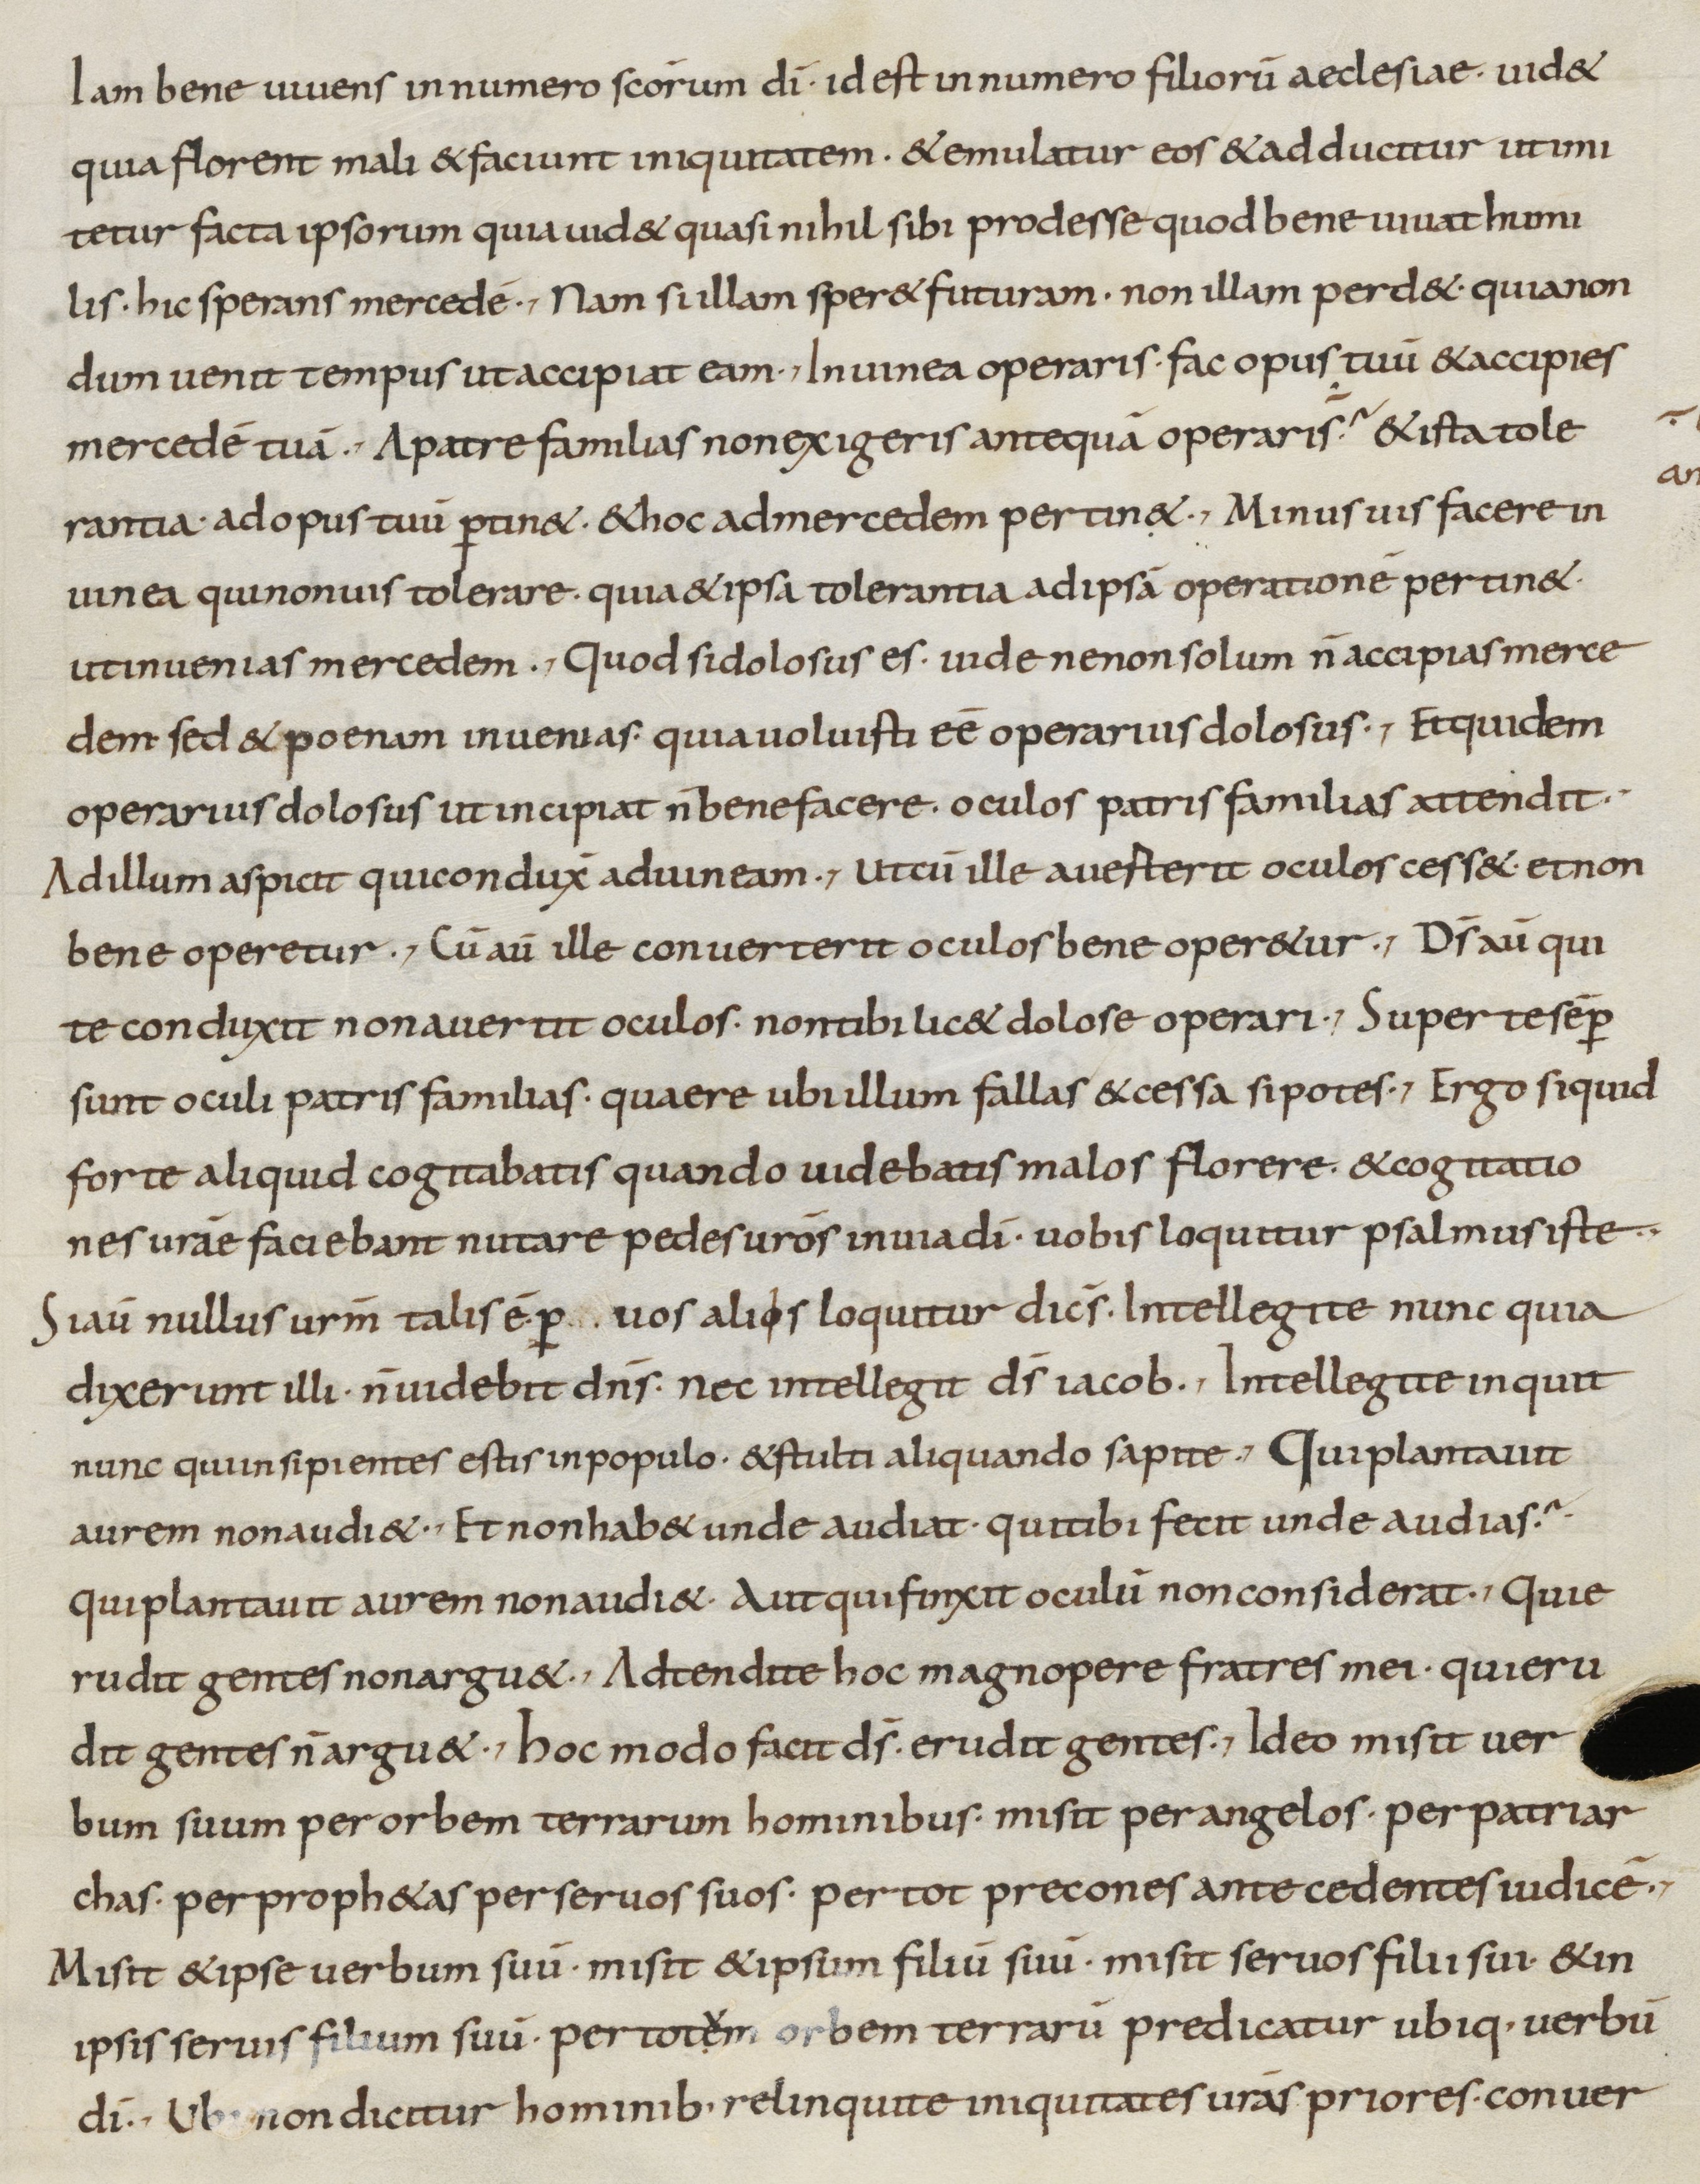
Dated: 800–899